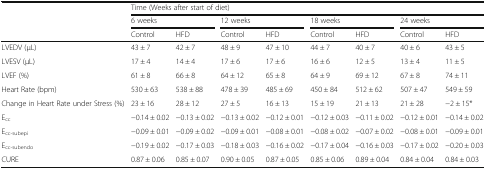
<table><thead><tr><td rowspan="3"></td><td colspan="8"><b>Time (Weeks after start of diet)</b></td></tr><tr><td colspan="2"><b>6 weeks</b></td><td colspan="2"><b>12 weeks</b></td><td colspan="2"><b>18 weeks</b></td><td colspan="2"><b>24 weeks</b></td></tr><tr><td><b>Control</b></td><td><b>HFD</b></td><td><b>Control</b></td><td><b>HFD</b></td><td><b>Control</b></td><td><b>HFD</b></td><td><b>Control</b></td><td><b>HFD</b></td></tr></thead><tbody><tr><td>LVEDV (μL)</td><td>43 ± 7</td><td>42 ± 7</td><td>48 ± 9</td><td>47 ± 10</td><td>44 ± 7</td><td>40 ± 7</td><td>40 ± 6</td><td>43 ± 5</td></tr><tr><td>LVESV (μL)</td><td>17 ± 4</td><td>14 ± 4</td><td>17 ± 6</td><td>17 ± 6</td><td>16 ± 6</td><td>12 ± 5</td><td>13 ± 4</td><td>11 ± 5</td></tr><tr><td>LVEF (%)</td><td>61 ± 8</td><td>66 ± 8</td><td>64 ± 12</td><td>65 ± 8</td><td>64 ± 9</td><td>69 ± 12</td><td>67 ± 8</td><td>74 ± 11</td></tr><tr><td>Heart Rate (bpm)</td><td>530 ± 63</td><td>538 ± 88</td><td>478 ± 39</td><td>485 ± 69</td><td>450 ± 84</td><td>512 ± 62</td><td>507 ± 47</td><td>549 ± 59</td></tr><tr><td>Change in Heart Rate under Stress (%)</td><td>23 ± 16</td><td>28 ± 12</td><td>27 ± 5</td><td>16 ± 13</td><td>15 ± 19</td><td>21 ± 13</td><td>21 ± 28</td><td>−2 ± 15*</td></tr><tr><td>E<sub>cc</sub></td><td>−0.14 ± 0.02</td><td>−0.13 ± 0.02</td><td>−0.13 ± 0.02</td><td>−0.12 ± 0.01</td><td>−0.12 ± 0.03</td><td>−0.11 ± 0.02</td><td>−0.12 ± 0.01</td><td>−0.14 ± 0.02</td></tr><tr><td>E<sub>cc-subepi</sub></td><td>−0.09 ± 0.01</td><td>−0.09 ± 0.02</td><td>−0.09 ± 0.01</td><td>−0.08 ± 0.01</td><td>−0.08 ± 0.02</td><td>−0.07 ± 0.02</td><td>−0.08 ± 0.01</td><td>−0.09 ± 0.01</td></tr><tr><td>E<sub>cc-subendo</sub></td><td>−0.19 ± 0.02</td><td>−0.17 ± 0.03</td><td>−0.18 ± 0.03</td><td>−0.16 ± 0.02</td><td>−0.17 ± 0.04</td><td>−0.16 ± 0.03</td><td>−0.17 ± 0.02</td><td>−0.20 ± 0.03</td></tr><tr><td>CURE</td><td>0.87 ± 0.06</td><td>0.85 ± 0.07</td><td>0.90 ± 0.05</td><td>0.87 ± 0.05</td><td>0.85 ± 0.06</td><td>0.89 ± 0.04</td><td>0.84 ± 0.04</td><td>0.84 ± 0.03</td></tr></tbody></table>